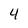
Character: 4